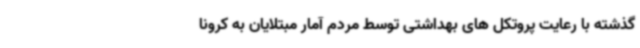
گذشته با رعایت پروتکل های بهداشتی توسط مردم آمار مبتلایان به کرونا